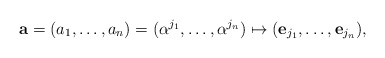
\begin{align*}\mathbf{a}=(a_1,\dots,a_n) = (\alpha^{j_1},\dots,\alpha^{j_n})\mapsto(\mathbf{e}_{j_1},\dots,\mathbf{e}_{j_n}),\end{align*}